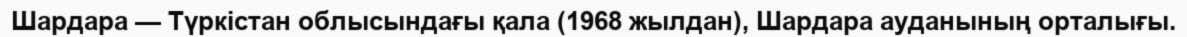
Шардара — Түркістан облысындағы қала (1968 жылдан), Шардара ауданының орталығы.